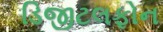
ડિજીટલફોન